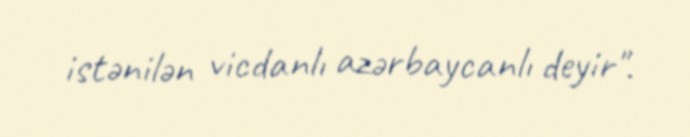
istənilən vicdanlı azərbaycanlı deyir".